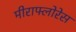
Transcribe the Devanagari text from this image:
मीराफ्लोरेस